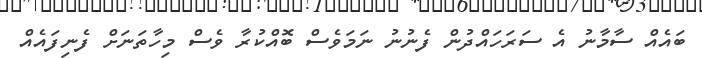
ބައެއް ސާމާނު އެ ސަރަހައްދުން ފެނުނު ނަމަވެސް ބޮއްކުރާ ވެސް މިހާތަނަށް ފެނިފައެއް